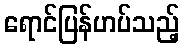
ရောင်ပြန်ဟပ်သည့်